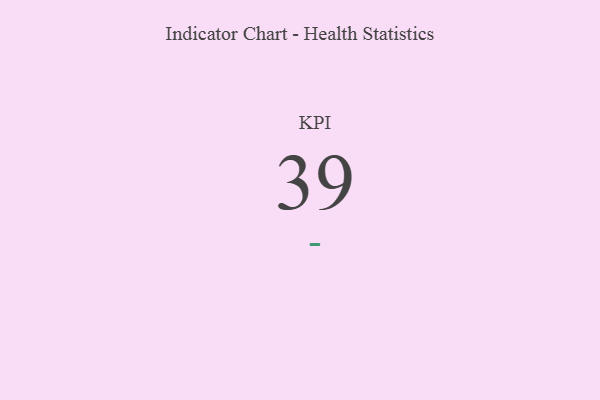
{"axis": {"x": "KPI", "y": "Value"}, "legend": [""], "data": [{"x": "KPI", "y": 39, "type": ""}]}